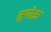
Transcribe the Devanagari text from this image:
तुपोऊ